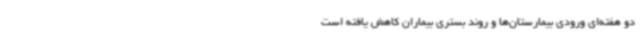
دو هفته‌ای ورودی بیمارستان‌ها و روند بستری بیماران کاهش یافته است